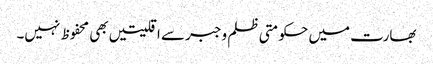
بھارت میں حکومتی ظلم وجبرسے اقلیتیں بھی محفوظ نہیں۔